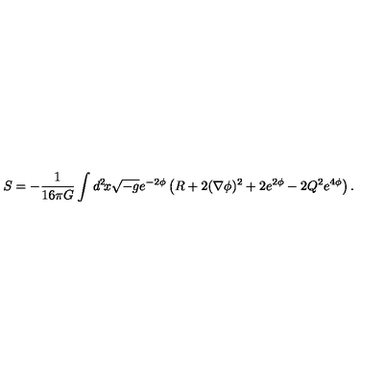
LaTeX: S = - \frac { 1 } { 1 6 \pi G } \int d ^ { 2 } \! x \sqrt { - g } e ^ { - 2 \phi } \left( R + 2 ( \nabla \phi ) ^ { 2 } + 2 e ^ { 2 \phi } - 2 Q ^ { 2 } e ^ { 4 \phi } \right) .